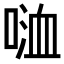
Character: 𠸡